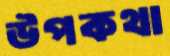
উপকথা